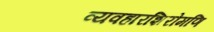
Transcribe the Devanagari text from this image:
व्यवहारशिरोमणि